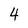
Character: 4